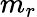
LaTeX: m_{r}